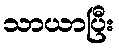
သာယာပြီး